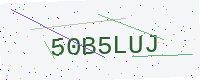
Text: 50B5LUJ